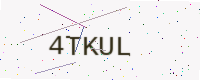
Text: 4TKUL